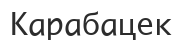
Карабацек